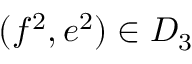
( f ^ { 2 } , e ^ { 2 } ) \in D _ { 3 }